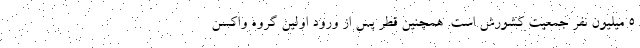
۵ میلیون نفر جمعیت کشورش است. همچنین قطر پس از ورود اولین گروه واکسن